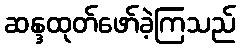
ဆန္ဒထုတ်ဖော်ခဲ့ကြသည်